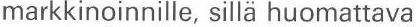
markkinoinnille, sillä huomattava